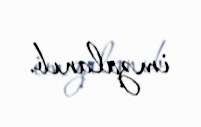
imzalanıb.